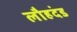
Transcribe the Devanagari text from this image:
लौहदंड